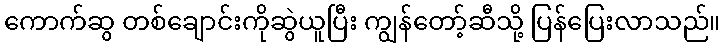
ကောက်ဆွ တစ်ချောင်းကိုဆွဲယူပြီး ကျွန်တော့်ဆီသို့ ပြန်ပြေးလာသည်။